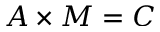
A \times M = C